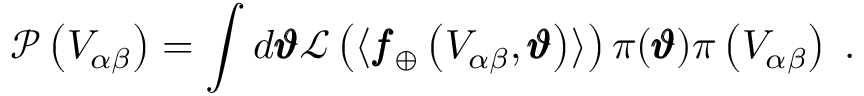
\mathcal { P } \left( V _ { \alpha \beta } \right) = \int d \pmb { \vartheta } \mathcal { L } \left( \langle \pmb { f } _ { \oplus } \left( V _ { \alpha \beta } , \pmb { \vartheta } \right) \rangle \right) \pi ( \pmb { \vartheta } ) \pi \left( V _ { \alpha \beta } \right) \; .